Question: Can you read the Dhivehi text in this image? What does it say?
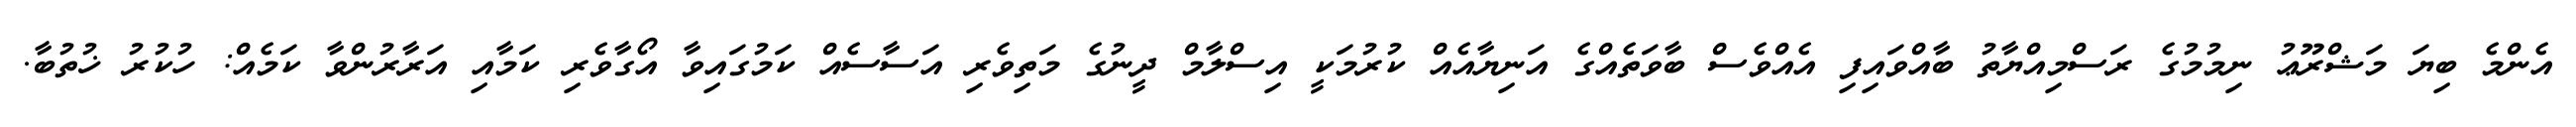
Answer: އެންމެ ބިޔަ މަޝްރޫޢު ނިމުމުގެ ރަސްމިއްޔާތު ބާއްވައިފި އެއްވެސް ބާވަތެއްގެ އަނިޔާއެއް ކުރުމަކީ އިސްލާމް ދީނުގެ މަތިވެރި އަސާސެއް ކަމުގައިވާ އޯގާވެރި ކަމާއި އަރާރުންވާ ކަމެއް: ހުކުރު ޚުތުބާ.